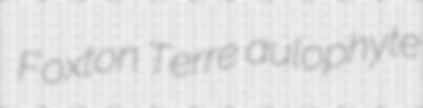
Foxton Terre aulophyte